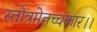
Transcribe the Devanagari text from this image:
स्तोत्रमेतच्चकार।।